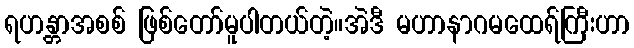
ရဟန္တာအစစ် ဖြစ်တော်မူပါတယ်တဲ့။အဲဒီ မဟာနာဂမထေရ်ကြီးဟာ